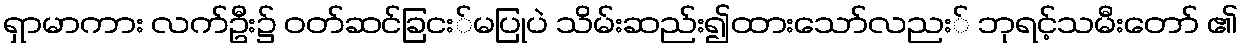
ရှာမာကား လက်ဦး၌ ဝတ်ဆင်ခြငး်မပြုပဲ သိမ်းဆည်း၍ထားသော်လညး် ဘုရင့်သမီးတော် ၏